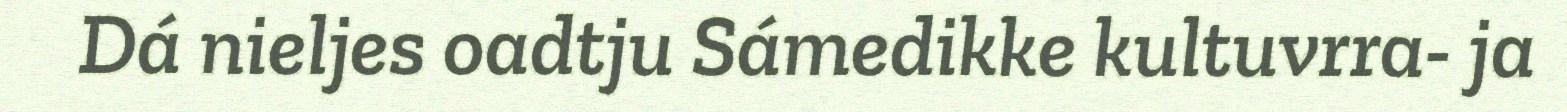
Dá nieljes oadtju Sámedikke kultuvrra- ja